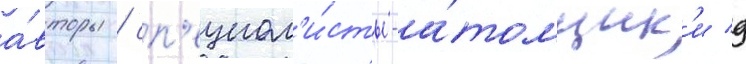
а́вторы / сп'ециал'и́сты-а́томщик'и д